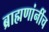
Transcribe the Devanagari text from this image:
ब्राह्मणांनींच